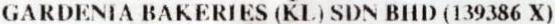
GARDENIA BAKERIES (KL) SDN BHD (139386 X)